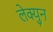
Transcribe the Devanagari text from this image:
लेक्युन